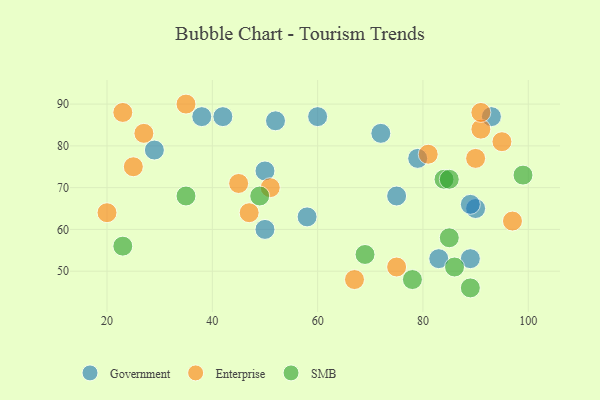
{"axis": {"x": "GDP", "y": "Life Expectancy"}, "legend": ["Enterprise", "Government", "SMB"], "data": [{"x": "29", "y": 79, "type": "Government"}, {"x": "79", "y": 77, "type": "Government"}, {"x": "52", "y": 86, "type": "Government"}, {"x": "75", "y": 68, "type": "Government"}, {"x": "60", "y": 87, "type": "Government"}, {"x": "38", "y": 87, "type": "Government"}, {"x": "50", "y": 60, "type": "Government"}, {"x": "50", "y": 74, "type": "Government"}, {"x": "72", "y": 83, "type": "Government"}, {"x": "93", "y": 87, "type": "Government"}, {"x": "42", "y": 87, "type": "Government"}, {"x": "90", "y": 65, "type": "Government"}, {"x": "89", "y": 53, "type": "Government"}, {"x": "83", "y": 53, "type": "Government"}, {"x": "89", "y": 66, "type": "Government"}, {"x": "58", "y": 63, "type": "Government"}, {"x": "75", "y": 51, "type": "Enterprise"}, {"x": "91", "y": 84, "type": "Enterprise"}, {"x": "20", "y": 64, "type": "Enterprise"}, {"x": "90", "y": 77, "type": "Enterprise"}, {"x": "95", "y": 81, "type": "Enterprise"}, {"x": "47", "y": 64, "type": "Enterprise"}, {"x": "81", "y": 78, "type": "Enterprise"}, {"x": "25", "y": 75, "type": "Enterprise"}, {"x": "45", "y": 71, "type": "Enterprise"}, {"x": "23", "y": 88, "type": "Enterprise"}, {"x": "27", "y": 83, "type": "Enterprise"}, {"x": "67", "y": 48, "type": "Enterprise"}, {"x": "91", "y": 88, "type": "Enterprise"}, {"x": "35", "y": 90, "type": "Enterprise"}, {"x": "51", "y": 70, "type": "Enterprise"}, {"x": "97", "y": 62, "type": "Enterprise"}, {"x": "23", "y": 56, "type": "SMB"}, {"x": "84", "y": 72, "type": "SMB"}, {"x": "35", "y": 68, "type": "SMB"}, {"x": "85", "y": 58, "type": "SMB"}, {"x": "89", "y": 46, "type": "SMB"}, {"x": "78", "y": 48, "type": "SMB"}, {"x": "86", "y": 51, "type": "SMB"}, {"x": "49", "y": 68, "type": "SMB"}, {"x": "85", "y": 72, "type": "SMB"}, {"x": "69", "y": 54, "type": "SMB"}, {"x": "99", "y": 73, "type": "SMB"}]}